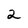
Character: 2